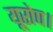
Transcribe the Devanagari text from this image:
यूरोप।